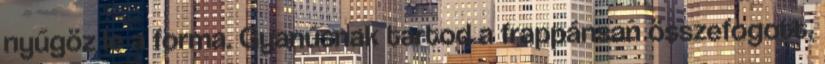
nyűgöz le a forma. Gyanúsnak tartod a frappánsan összefogott,